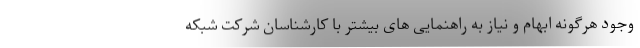
وجود هرگونه ابهام و نیاز به راهنمایی های بیشتر با کارشناسان شرکت شبکه